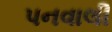
પનવાલી